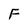
Character: F